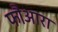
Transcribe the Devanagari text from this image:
फौआरा